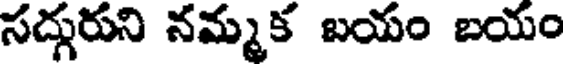
సద్గురుని నమ్మక బయం బయం